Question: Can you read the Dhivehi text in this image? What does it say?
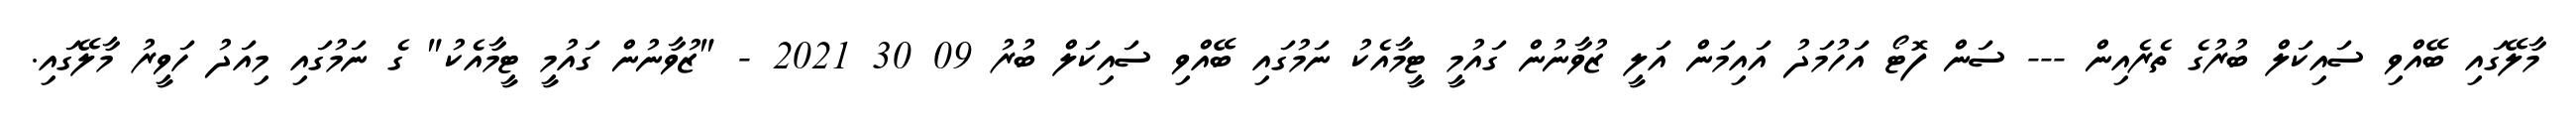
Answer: މާލޭގައި ބޭއްވި ސައިކަލް ބުރުގެ ތެރެއިން --- ސަން ފޮޓޯ އަހުމަދު އައިމަން އަލީ ޒުވާނުން ގައުމީ ޓީމާއެކު ނަމުގައި ބޭއްވި ސައިކަލް ބުރު 09 30 2021 - "ޒުވާނުން ގައުމީ ޓީމާއެކު" ގެ ނަމުގައި މިއަދު ހަވީރު މާލޭގައި.